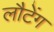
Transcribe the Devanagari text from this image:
लौटेंग